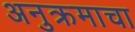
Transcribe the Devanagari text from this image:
अनुक्रमाचा